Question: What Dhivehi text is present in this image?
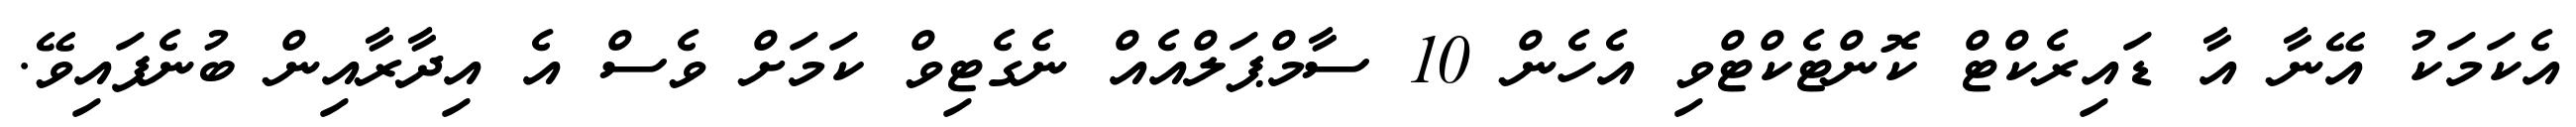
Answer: އެކަމަކު އޭނާ އާ ޑައިރެކްޓް ކޮންޓެކްޓްވި އެހެން 10 ސާމްޕަލްއެއް ނެގެޓިވް ކަމަށް ވެސް އެ އިދާރާއިން ބުނެފައިވޭ.